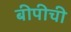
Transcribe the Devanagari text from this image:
बीपीची